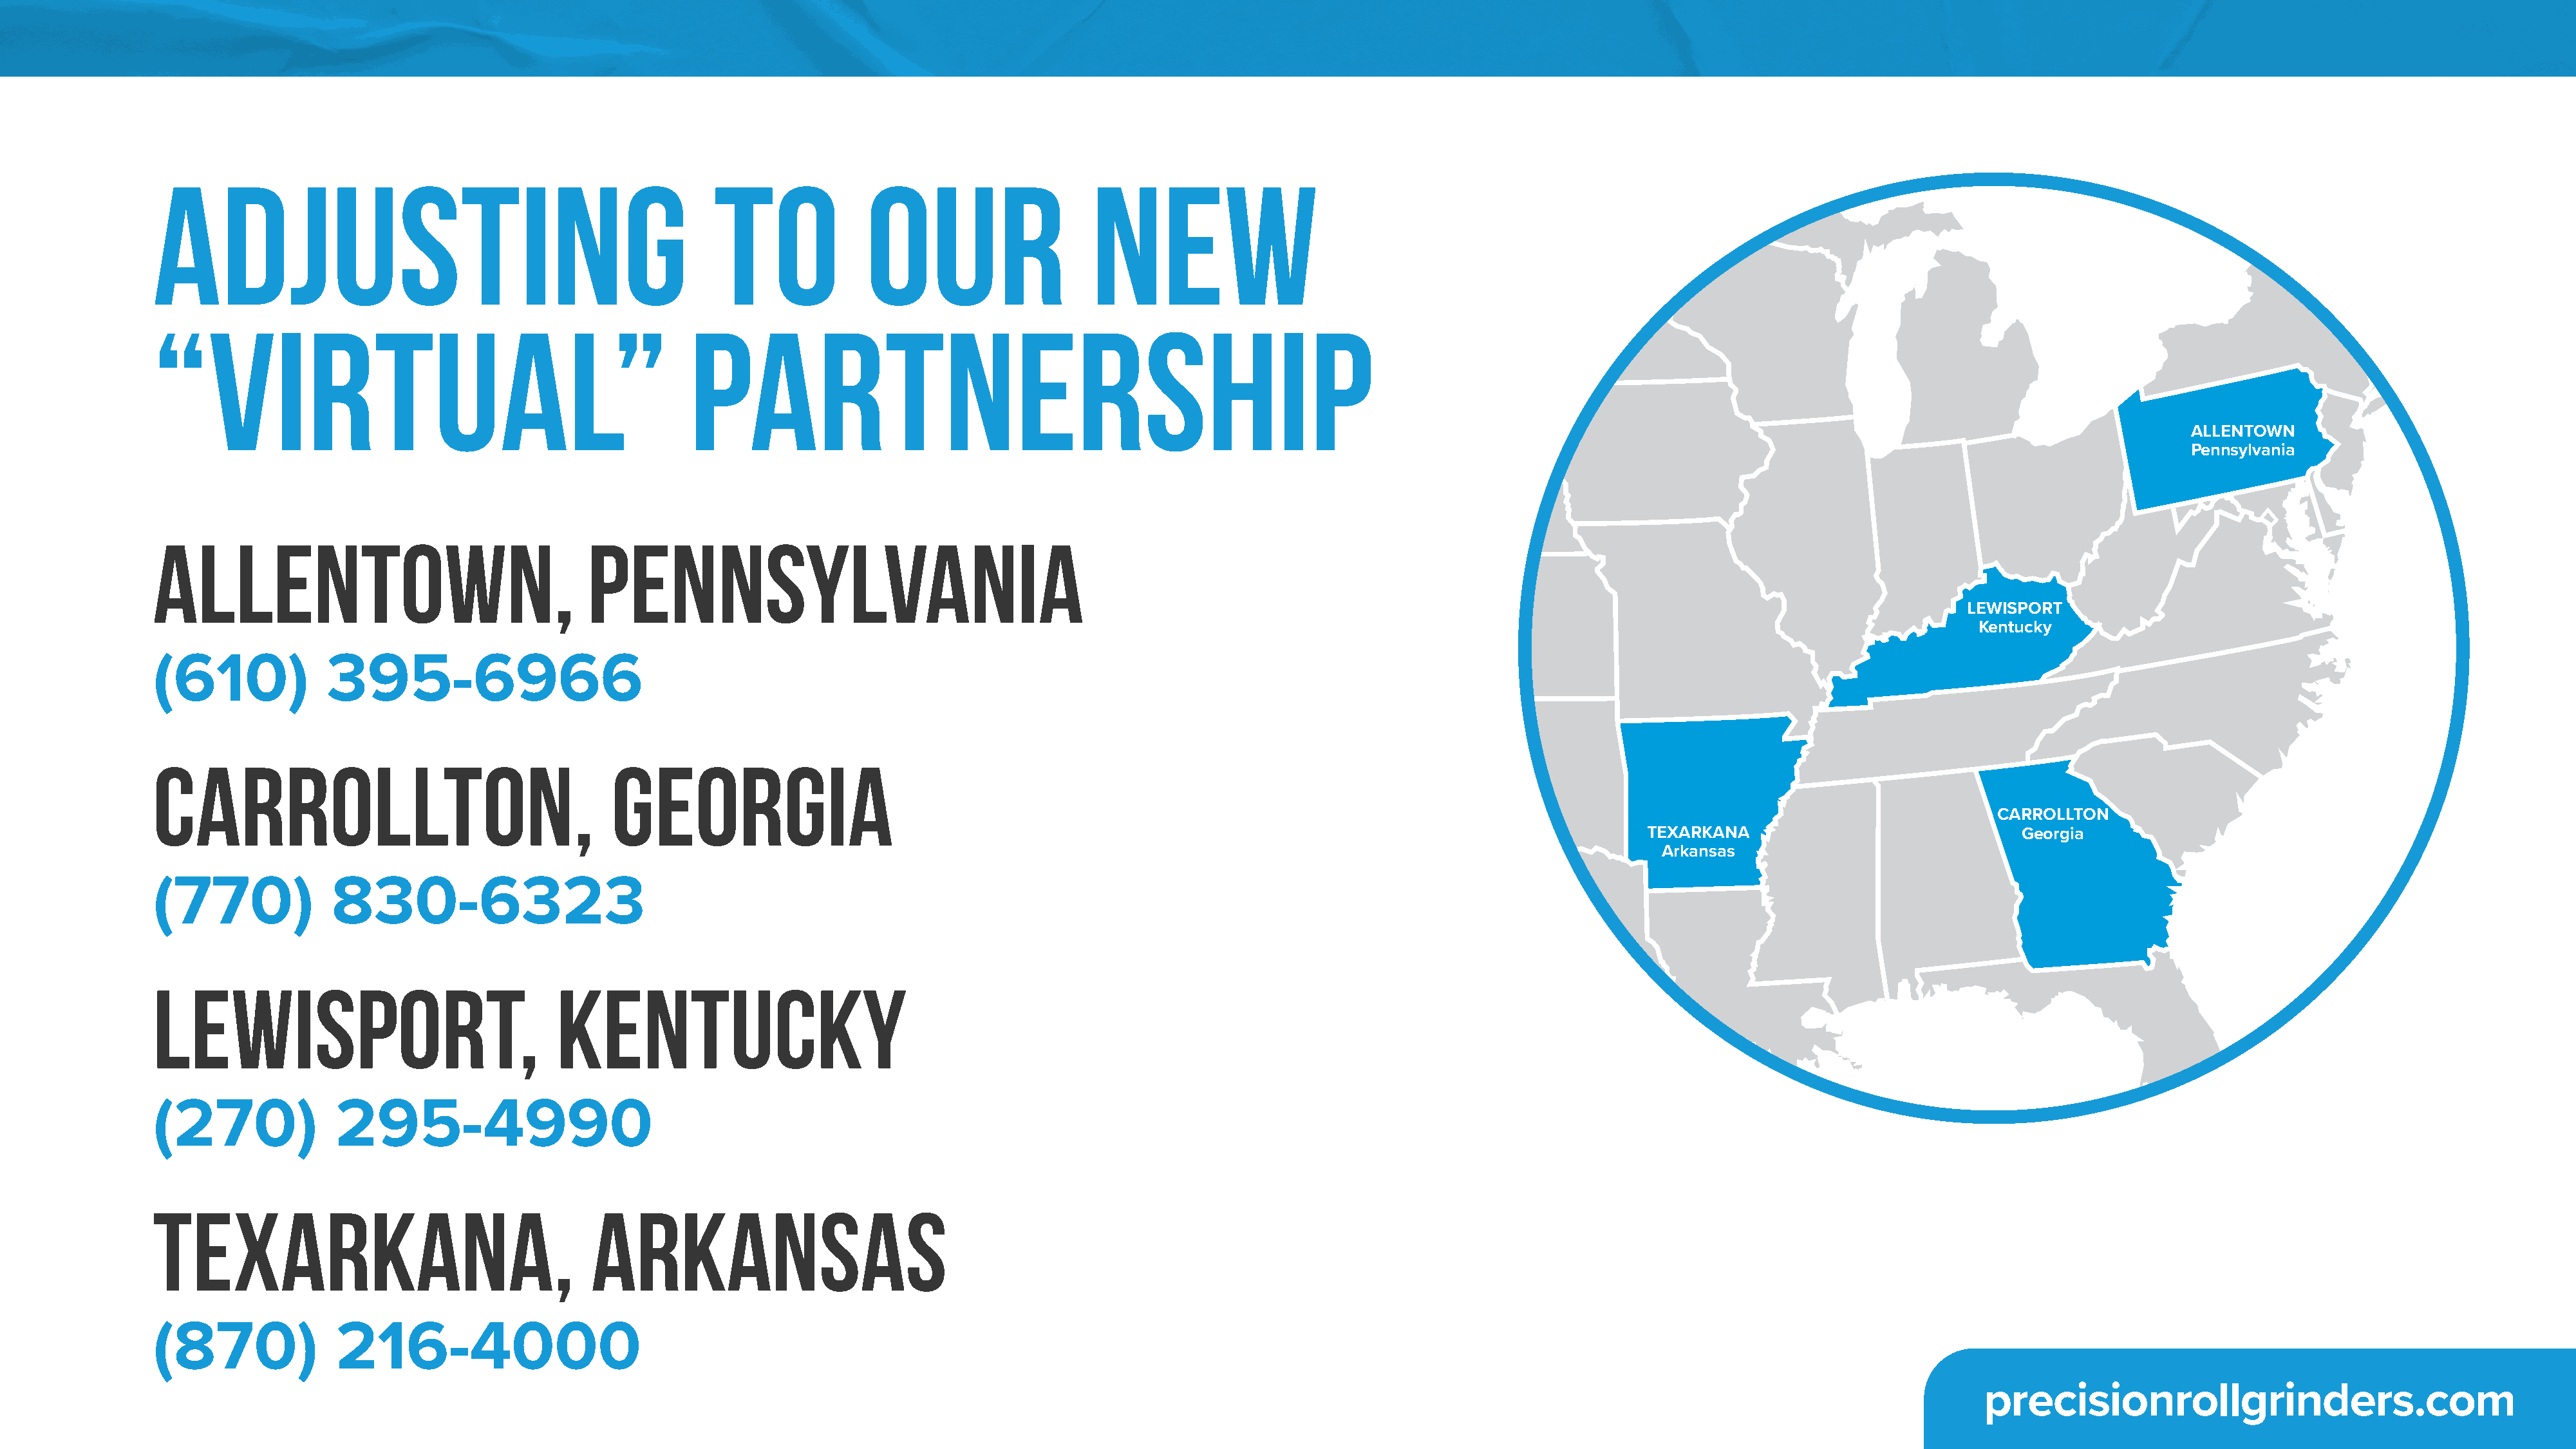
adjusting                                                to              our                    new
 “virtual”                                              partnership
 ALLENTOWN
 Pennsylvania
 Allentown,                                  Pennsylvania
 LEWISPORT
 Kentucky
 (610)             395-6966
 Carrollton,                                    Georgia
 CARROLLTON
 TEXARKANA                              Georgia
 Arkansas
 (770)             830-6323
 Lewisport,                               Kentucky
 (270)             295-4990
 Texarkana,                                   Arkansas
 (870)              216-4000
 precisionrollgrinders.com